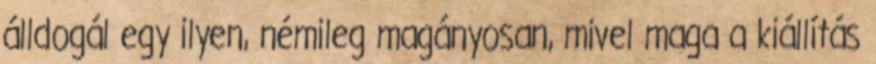
álldogál egy ilyen, némileg magányosan, mivel maga a kiállítás